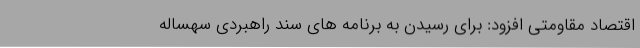
اقتصاد مقاومتی افزود: برای رسیدن به برنامه های سند راهبردی سهساله